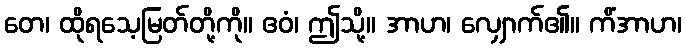
တေ၊ ထိုရသေ့မြတ်တို့ကို။ ဧဝံ၊ ဤသို့။ အာဟ၊ လျှောက်၏။ ကိံအာဟ၊